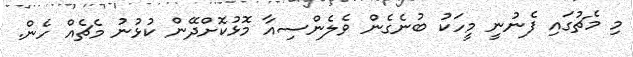
މި މެޗުގައި ފެނުނީ މީހަކު ބުނެގެން ވެލެންސިއާ މޮޅުކޮށްދޭން ކުޅުނު މެޗެއް ހެން.